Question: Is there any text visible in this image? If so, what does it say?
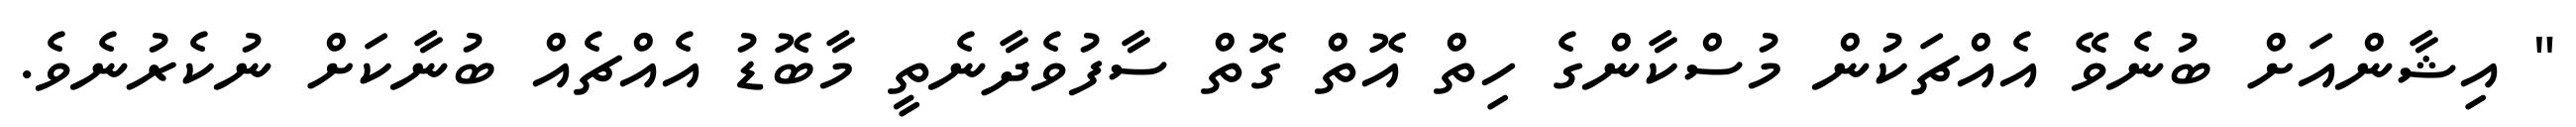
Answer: " އިޝާންއަށް ބުނެވޭ އެއްޗަކުން މުސްކާންގެ ހިތް އޮތް ގޮތް ސާފުވެދާނެތީ މާބޮޑު އެއްޗެއް ބުނާކަށް ނުކެރުނެވެ.